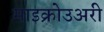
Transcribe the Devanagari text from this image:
माइक्रोउअरी